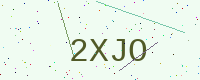
Text: 2XJO